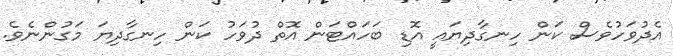
އެދުވަހުވެސް ކަން ހިނގާދިޔައީ އޮޑި ބަހައްޓަން އޮތް ދުވަހު ކަން ހިނގާދިޔަ މަގުންނެވެ.